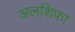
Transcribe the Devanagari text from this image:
अलशिफा